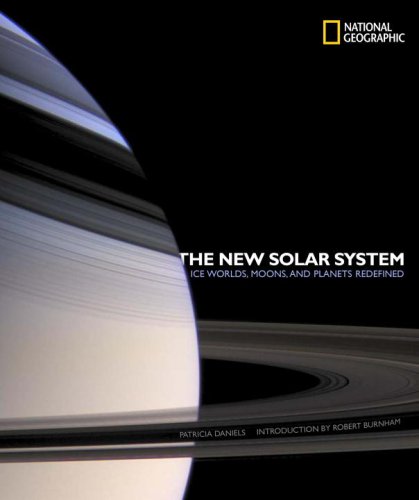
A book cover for The New Solar System: Ice Worlds, Moons, and Planets Redefined; Patricia Daniels; Science & Math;